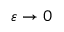
\varepsilon \rightarrow 0